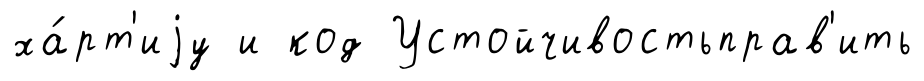
ха́рт'иjу и код Устойчивостьправ'ить